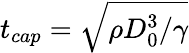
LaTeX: t_{cap}=\sqrt{{\rho D_{0}^{3}}/{\gamma}}